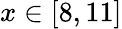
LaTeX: x\in\left[8,11\right]